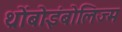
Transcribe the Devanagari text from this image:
थ्रोंबोइंबोलिज्म